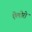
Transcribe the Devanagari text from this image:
ऐलोरो